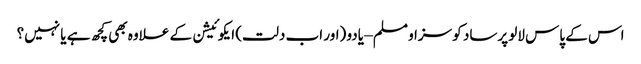
اس کے پاس لالو پرساد کو سزا و مسلم – یادو (اور اب دلت) ایکوئیشن کے علاوہ بھی کچھ ہے یا نہیں؟